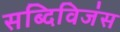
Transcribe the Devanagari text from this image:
सब्दिविजंस